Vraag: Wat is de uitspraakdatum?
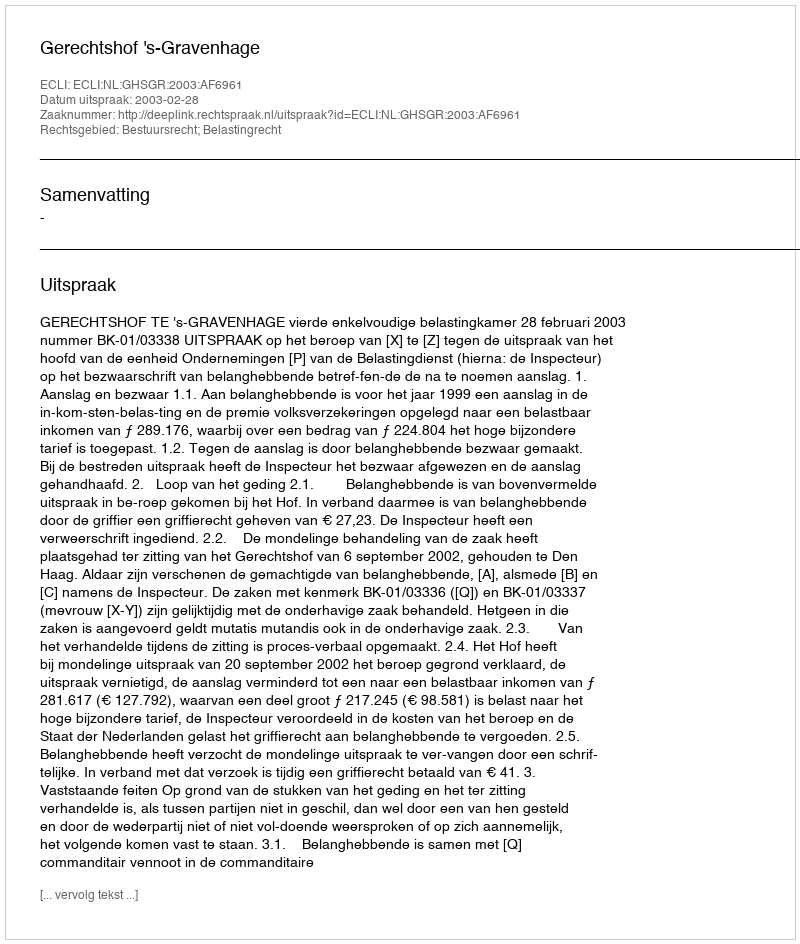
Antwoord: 2003-02-28